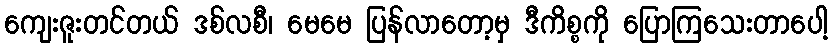
ကျေးဇူးတင်တယ် ဒစ်လစီ၊ မေမေ ပြန်လာတော့မှ ဒီကိစ္စကို ပြောကြသေးတာပေါ့